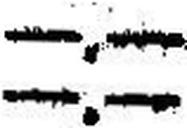
—.—